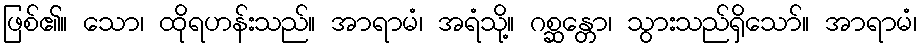
ဖြစ်၏။ သော၊ ထိုရဟန်းသည်။ အာရာမံ၊ အရံသို့။ ဂစ္ဆန္တော၊ သွားသည်ရှိသော်။ အာရာမံ၊